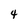
Character: 4